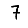
Digit: 7